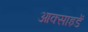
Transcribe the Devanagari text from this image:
आक्साइडें